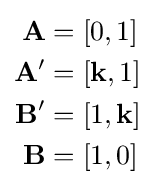
{\begin{aligned}\mathbf {A} &=[0,1]\\\mathbf {A'} &=[\mathbf {k} ,1]\\\mathbf {B'} &=[1,\mathbf {k} ]\\\mathbf {B} &=[1,0]\\\end{aligned}}